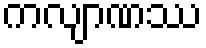
ကလျာဏဿ